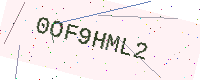
Text: 0OF9HML2